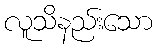
လူသိနည်းသော